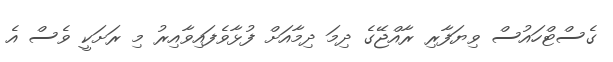
ގެސްޓްހައުސް ވިޔަފާރި ރާއްޖޭގެ ދިމަ ދިމާއަށް ފުޅާވެފައިވާއިރު މި ރަށަކީ ވެސް އެ